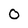
Character: 0